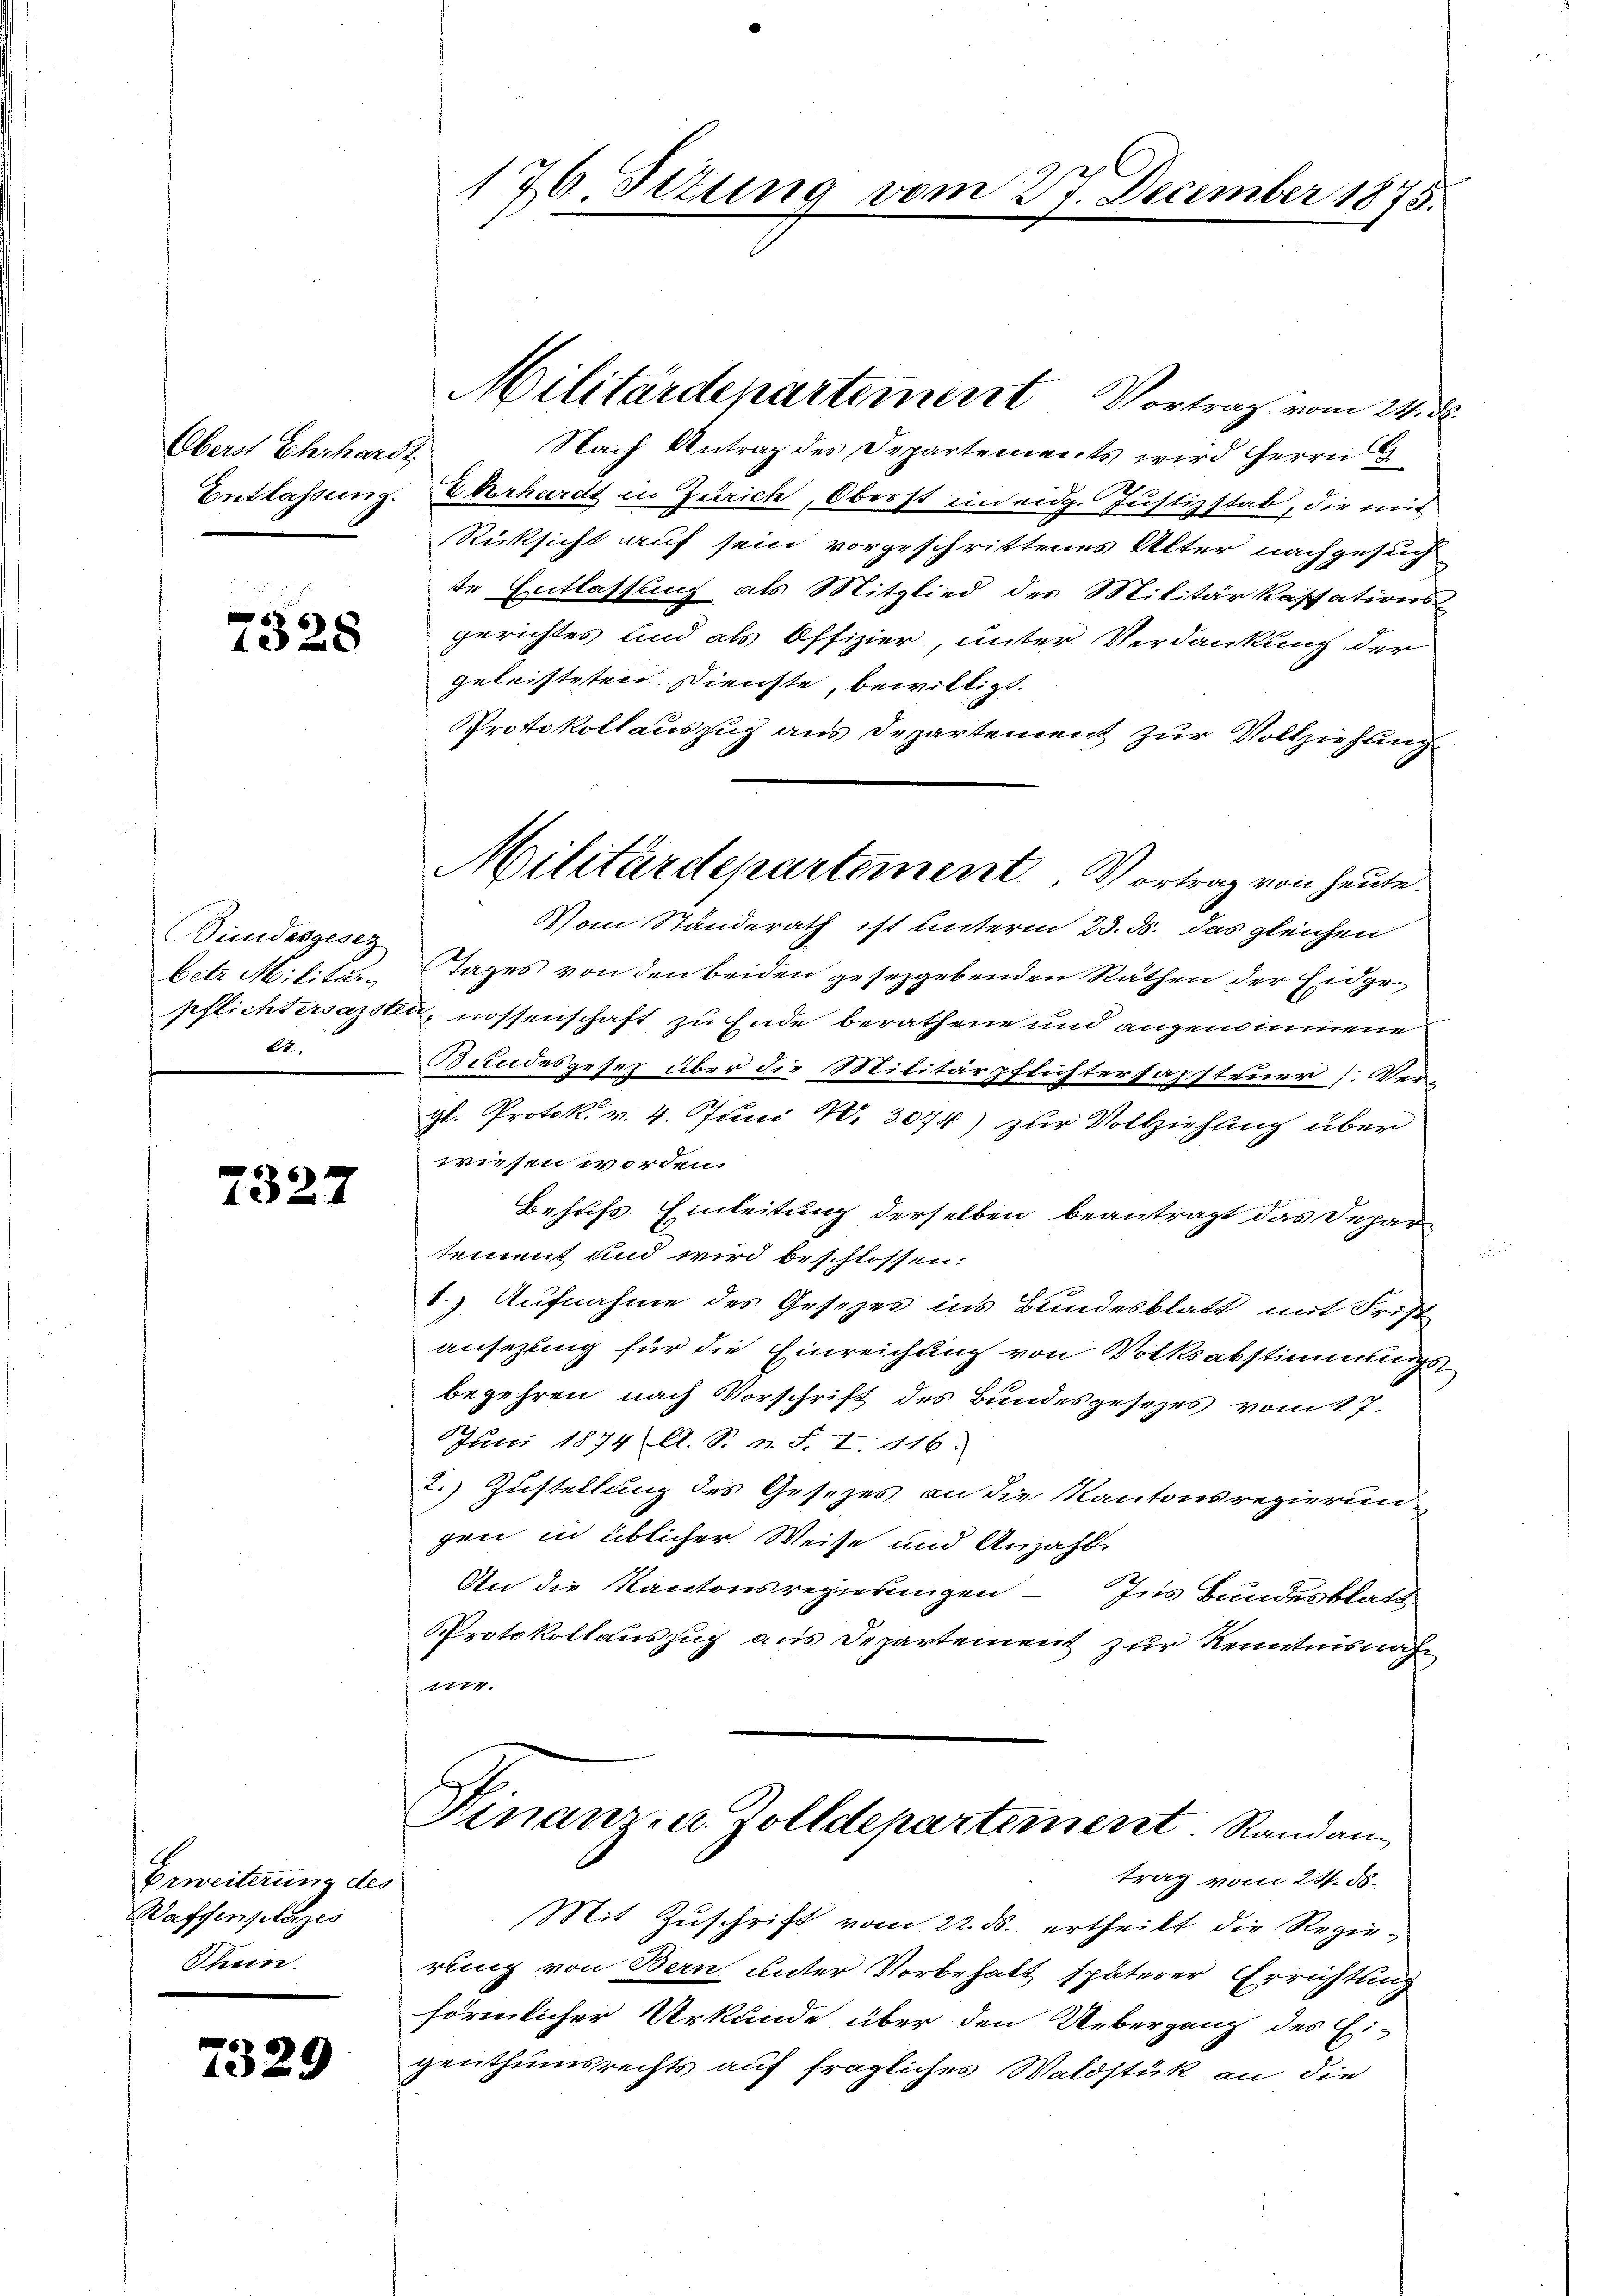
Oberst Ehrhardt
Entlassung.

732

7328

Sindesgesez
betr. Militär.
pflichtersamster
22.

7327

Erweiterung des
Waffenplatzes
Thun.

29

176 Sizun

Militärdepartement Vortrag vom 24. ds.
Nach Antrag des Departements wird Herrn
Eberhardt in Zürich, Oberst in eidg. Justizstab, die mit
Rücksicht auf sein vorgeschrittenes Alter nachgesuch
te Entlassung als Mitglied des Militär Kassations-
gerichtes und als Offizier, unter Verdankung der
geleisteten Dienste, bewilligt.
Protokollauszug aus Departement zur Vollziehung
Vom Standerath ist unterm 23. ds. das gleichen
Tages von den beiden gesezgebenden Räthen der Eidge¬
 nossenschaft zu Ende berathene und angenommene
Bundesgeses über die Militärpflichtersazsteuer [Vergl. Protok. v. 4. Juni 10. 3074) zur Vollziehung über
wiesen worden.
Behufs Einleitung derselben beantragt das Departement und wird beschlossen:
1.) Aufnahme des Gesezes ins Bundesblatt mit Frist
ansezung für die Einreichung von Volksabstimmungsbegehren nach Vorschrift des Bundesgesezes vom 27.
Juni 1874 A. S. n. F. I. 116.
2.) Zustellung des Gesezes an die Kantonsregierungen in üblicher Weise und Anzahle
An die Kantonsregierungen - Ins Bundesblatt
Protokollauszug aus Departement zur Kenntnisnah
g

Militärdepartement. Vortrag von heute.

mn 27. December 1875.

Finanz- u. Zolldepartement. Randan
trag vom 24. ds.

Mit Zuschrift vom 22. ds. ertheilt die Regierung von Bern unter Vorbehalt späterer Errichtung
förmlicher Urkunde über den Uebergang des Ei-
genthumsrechts auf fragliches Waldstük an die